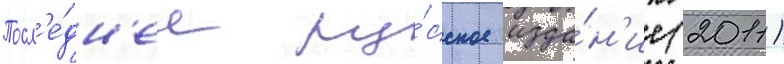
Посл'е́дн'ее ру́сское изда́н'ие (2011)